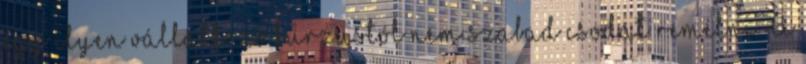
egy ilyen vállalkozó kurzustól nem szabad csodát remélni. A